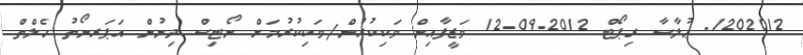
1202012. ޙުލާސާ ރިޕޯޓް 2012-09-12 ވަޒީފާއިން ވަކިކުރުން/ވަކިކުރުމަށް ނޯޓިސް ދިނުން އަޕަރނޯތު ހެލްތް